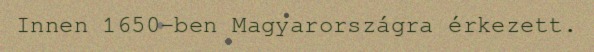
Innen 1650-ben Magyarországra érkezett.